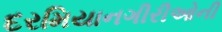
દરમિયાનગીરીઓની